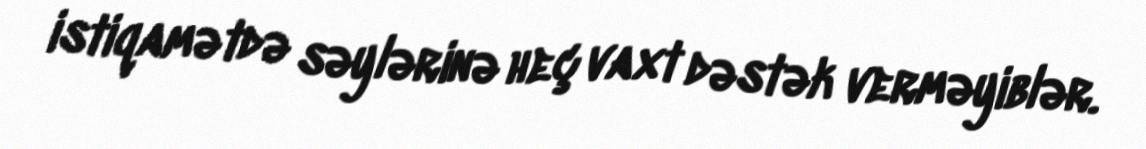
istiqamətdə səylərinə heç vaxt dəstək verməyiblər.